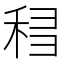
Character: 𰨨